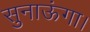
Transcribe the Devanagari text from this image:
सुनाऊंगा।